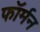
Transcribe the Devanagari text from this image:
फॉर्मन